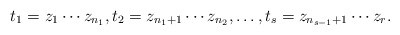
\begin{align*}t_1 = z_1 \cdots z_{n_1}, t_2 = z_{n_1+1} \cdots z_{n_2}, \dots, t_s = z_{n_{s-1}+1} \cdots z_r.\end{align*}